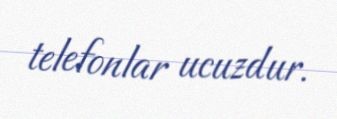
telefonlar ucuzdur.